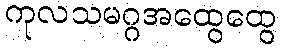
ကုလသမဂ္ဂအထွေထွေ